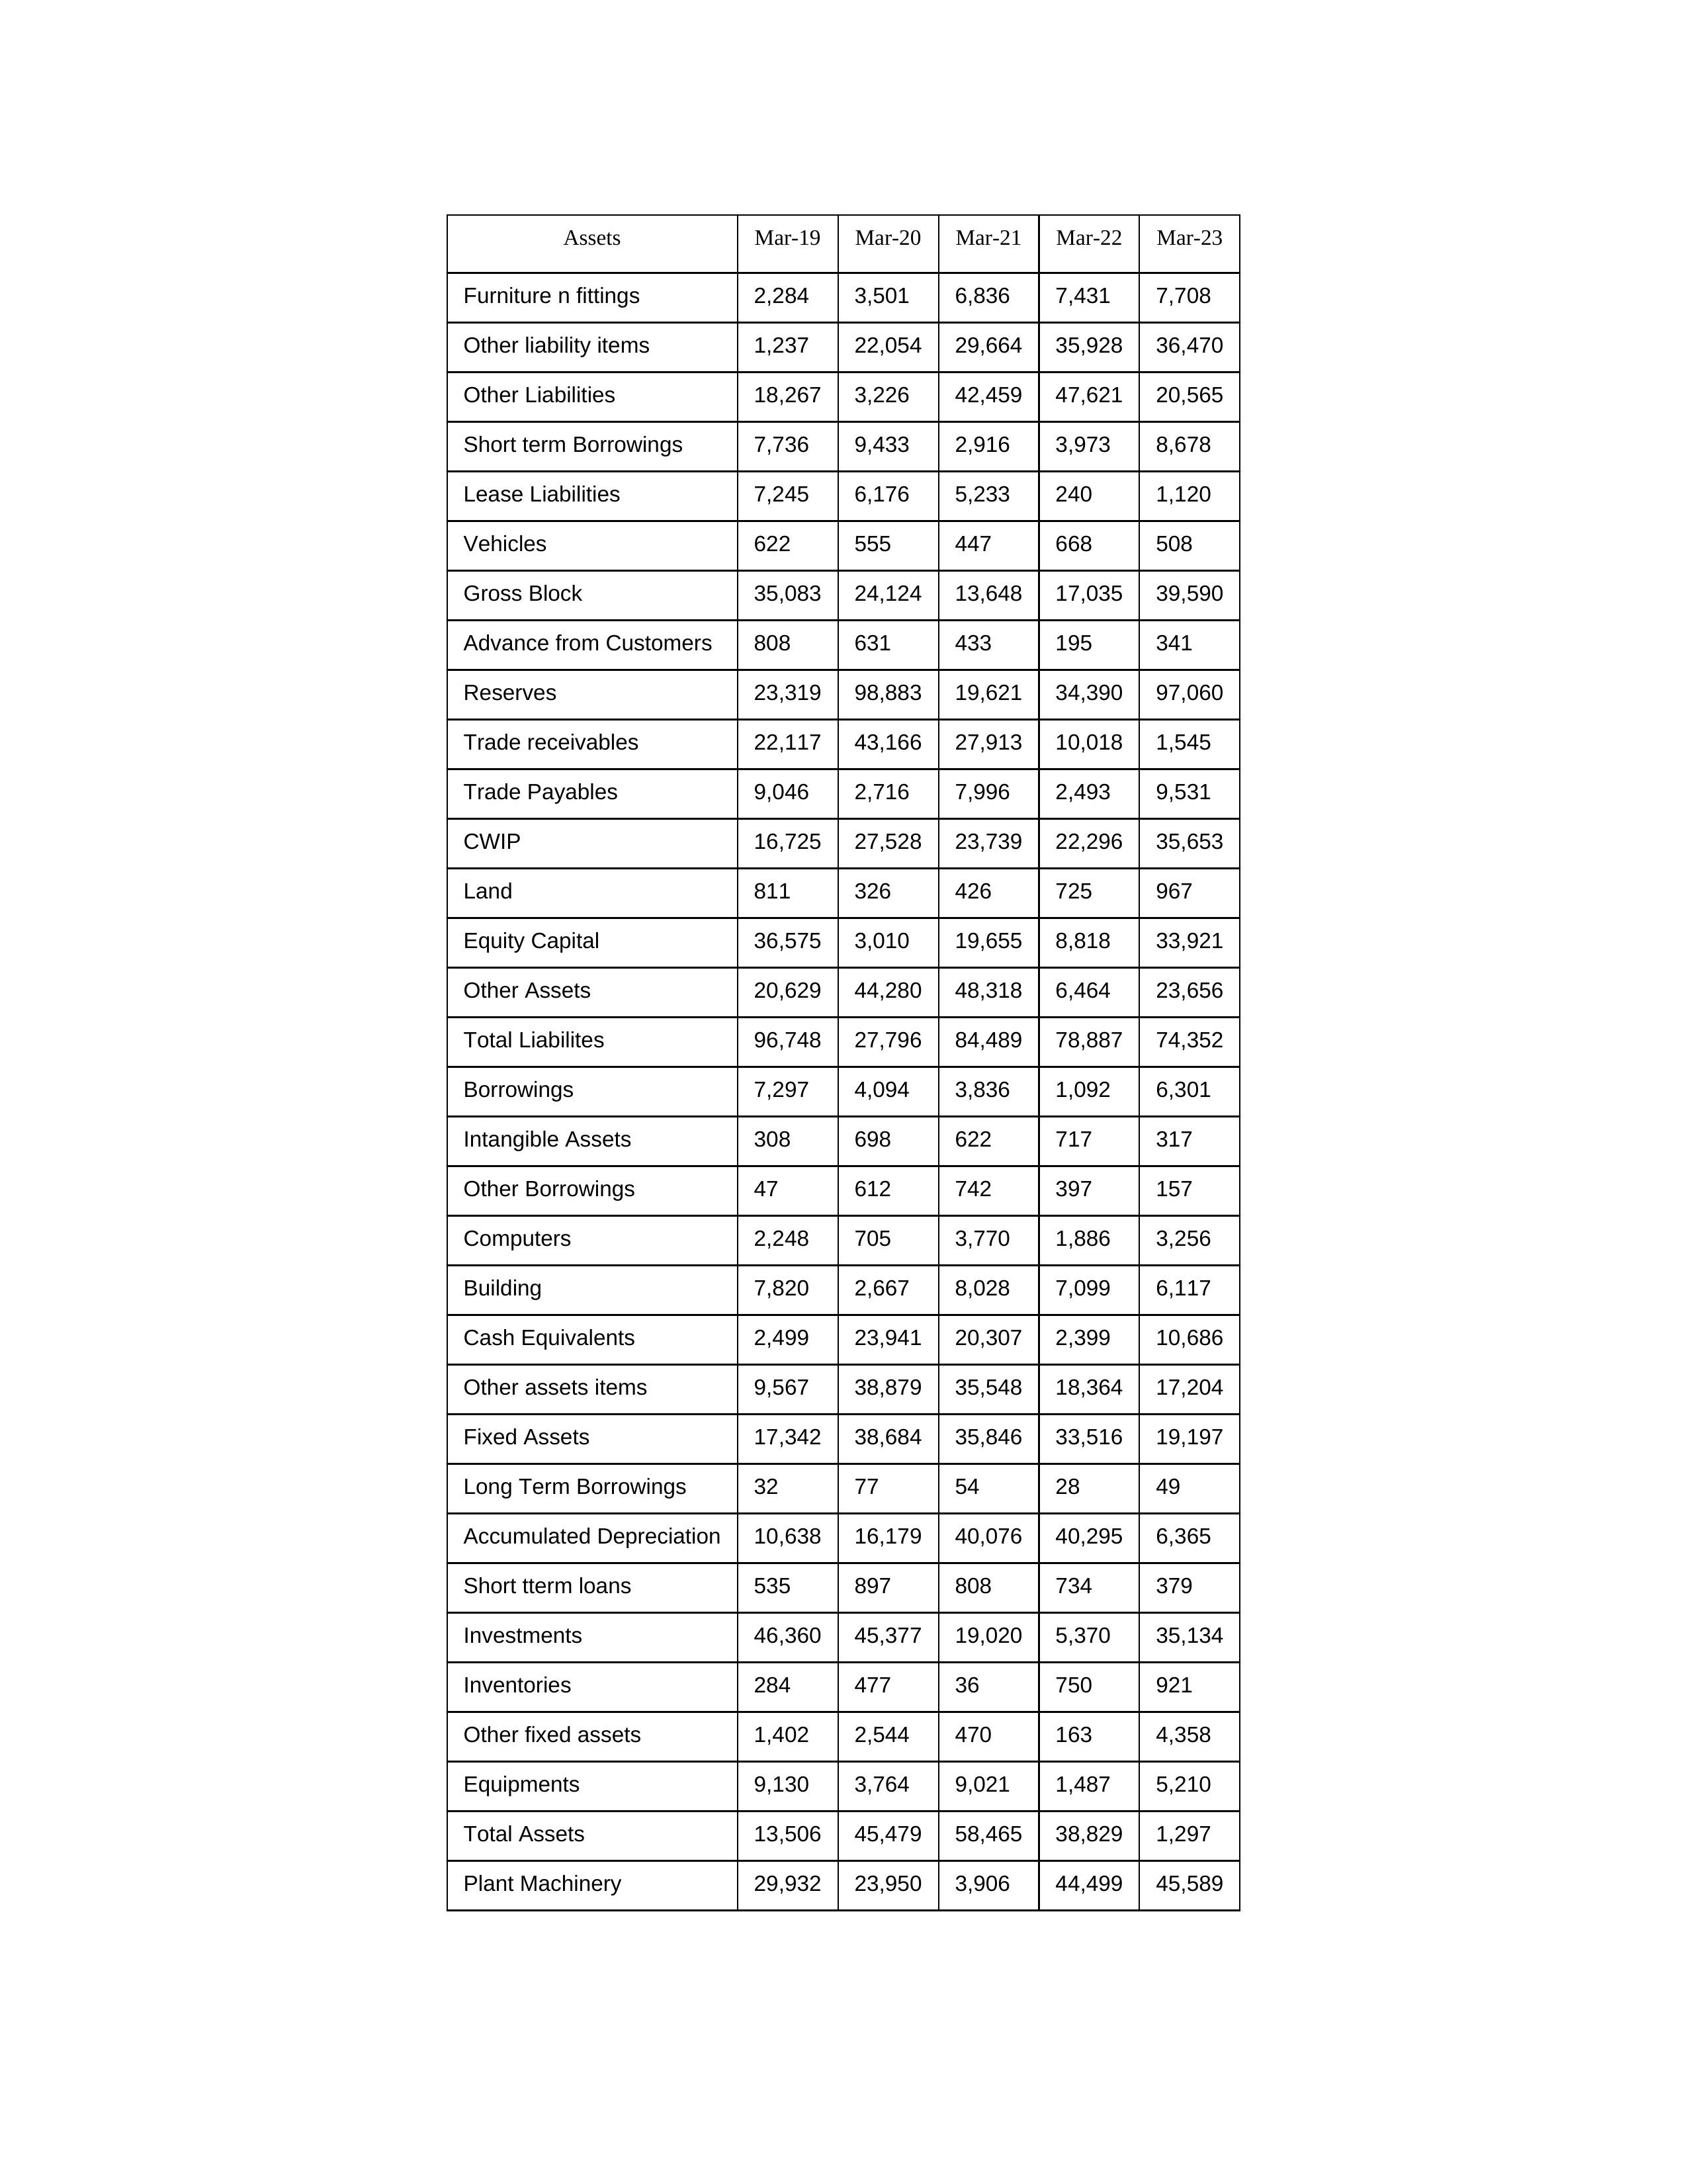
gt_parse: Mar-19: Equity Capital: 36,575
Reserves: 23,319
Borrowings: 7,297
Long Term Borrowings: 32
Short term Borrowings: 7,736
Lease Liabilities: 7,245
Other Borrowings: 47
Other Liabilities: 18,267
Trade Payables: 9,046
Advance from Customers: 808
Other liability items: 1,237
Total Liabilites: 96,748
Fixed Assets: 17,342
Land: 811
Building: 7,820
Plant Machinery: 29,932
Equipments: 9,130
Computers: 2,248
Furniture n fittings: 2,284
Vehicles: 622
Intangible Assets: 308
Other fixed assets: 1,402
Gross Block: 35,083
Accumulated Depreciation: 10,638
CWIP: 16,725
Investments: 46,360
Other Assets: 20,629
Inventories: 284
Trade receivables: 22,117
Cash Equivalents: 2,499
Short tterm loans: 535
Other assets items: 9,567
Total Assets: 13,506
Mar-20: Equity Capital: 3,010
Reserves: 98,883
Borrowings: 4,094
Long Term Borrowings: 77
Short term Borrowings: 9,433
Lease Liabilities: 6,176
Other Borrowings: 612
Other Liabilities: 3,226
Trade Payables: 2,716
Advance from Customers: 631
Other liability items: 22,054
Total Liabilites: 27,796
Fixed Assets: 38,684
Land: 326
Building: 2,667
Plant Machinery: 23,950
Equipments: 3,764
Computers: 705
Furniture n fittings: 3,501
Vehicles: 555
Intangible Assets: 698
Other fixed assets: 2,544
Gross Block: 24,124
Accumulated Depreciation: 16,179
CWIP: 27,528
Investments: 45,377
Other Assets: 44,280
Inventories: 477
Trade receivables: 43,166
Cash Equivalents: 23,941
Short tterm loans: 897
Other assets items: 38,879
Total Assets: 45,479
Mar-21: Equity Capital: 19,655
Reserves: 19,621
Borrowings: 3,836
Long Term Borrowings: 54
Short term Borrowings: 2,916
Lease Liabilities: 5,233
Other Borrowings: 742
Other Liabilities: 42,459
Trade Payables: 7,996
Advance from Customers: 433
Other liability items: 29,664
Total Liabilites: 84,489
Fixed Assets: 35,846
Land: 426
Building: 8,028
Plant Machinery: 3,906
Equipments: 9,021
Computers: 3,770
Furniture n fittings: 6,836
Vehicles: 447
Intangible Assets: 622
Other fixed assets: 470
Gross Block: 13,648
Accumulated Depreciation: 40,076
CWIP: 23,739
Investments: 19,020
Other Assets: 48,318
Inventories: 36
Trade receivables: 27,913
Cash Equivalents: 20,307
Short tterm loans: 808
Other assets items: 35,548
Total Assets: 58,465
Mar-22: Equity Capital: 8,818
Reserves: 34,390
Borrowings: 1,092
Long Term Borrowings: 28
Short term Borrowings: 3,973
Lease Liabilities: 240
Other Borrowings: 397
Other Liabilities: 47,621
Trade Payables: 2,493
Advance from Customers: 195
Other liability items: 35,928
Total Liabilites: 78,887
Fixed Assets: 33,516
Land: 725
Building: 7,099
Plant Machinery: 44,499
Equipments: 1,487
Computers: 1,886
Furniture n fittings: 7,431
Vehicles: 668
Intangible Assets: 717
Other fixed assets: 163
Gross Block: 17,035
Accumulated Depreciation: 40,295
CWIP: 22,296
Investments: 5,370
Other Assets: 6,464
Inventories: 750
Trade receivables: 10,018
Cash Equivalents: 2,399
Short tterm loans: 734
Other assets items: 18,364
Total Assets: 38,829
Mar-23: Equity Capital: 33,921
Reserves: 97,060
Borrowings: 6,301
Long Term Borrowings: 49
Short term Borrowings: 8,678
Lease Liabilities: 1,120
Other Borrowings: 157
Other Liabilities: 20,565
Trade Payables: 9,531
Advance from Customers: 341
Other liability items: 36,470
Total Liabilites: 74,352
Fixed Assets: 19,197
Land: 967
Building: 6,117
Plant Machinery: 45,589
Equipments: 5,210
Computers: 3,256
Furniture n fittings: 7,708
Vehicles: 508
Intangible Assets: 317
Other fixed assets: 4,358
Gross Block: 39,590
Accumulated Depreciation: 6,365
CWIP: 35,653
Investments: 35,134
Other Assets: 23,656
Inventories: 921
Trade receivables: 1,545
Cash Equivalents: 10,686
Short tterm loans: 379
Other assets items: 17,204
Total Assets: 1,297